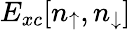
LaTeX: E_{xc}[n_{\uparrow},n_{\downarrow}]